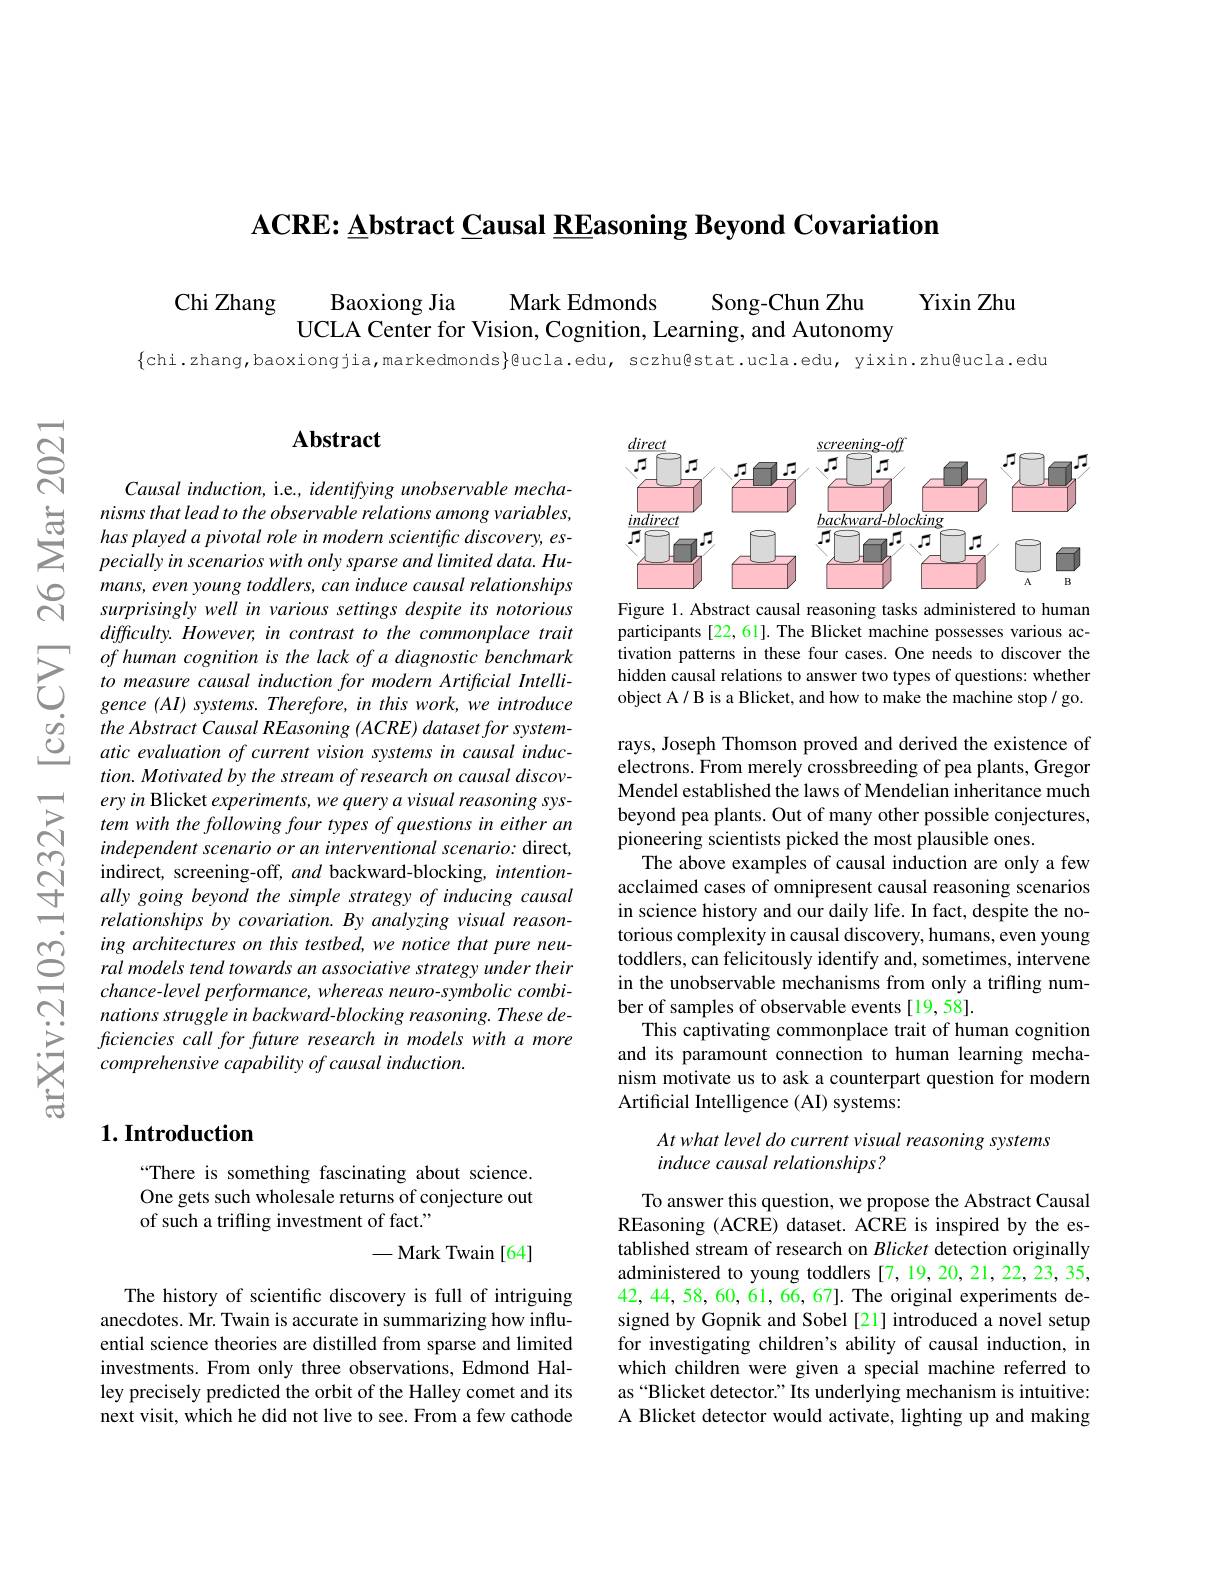
$\mathbf{ACRE: \underline {A}bstract\underline {C}ausal\underline {RE}asoning}\textbf{Beyond Covariation}$

Chi Zhang $\begin{array}{cc}{\mathrm{Baoxiong~Jia}}&{\mathrm{Mark~Edmonds}}&{\mathrm{Song-Chun~Zhu}}\\{\mathrm{UCLA~Center~for~Vision,~Cognition,~Learning,~and~Autonomy}}\end{array}$

$\{$chi.zhang,baoxiongjia,markedmonds$\}$@ucla.edu, sczhu@stat.ucla.edu, yixin.zhu@ucla.edu

## $\mathbf{Abstract}$

Causal induction, i.e., identifying unobservable mechanisms that lead to the observable relations among variables, has played a pivotal role in modern scientific discovery, especially in scenarios with only sparse and limited data. Humans, even young toddlers, can induce causal relationships surprisingly well in various settings despite its notorious difficulty. However, in contrast to the commonplace trait of human cognition is the lack of a diagnostic benchmark to measure causal induction for modern Artificial Intelligence (AI) systems. Therefore, in this work, we introduce the Abstract Causal REasoning (ACRE) dataset for systematic evaluation of current vision systems in causal induc- $tion.Motivatedby$ the stream of research on causal discovery in Blicket experiments, we query a visual reasoning system with the following four types of questions in either an independent scenario or an interventional scenario: direct, indirect, screening-off, and backward-blocking, intentionally going beyond the simple strategy of inducing causal relationships by covariation. By analyzing visual reasoning architectures on this testbed, we notice that pure neural models tend towards an associative strategy under their chance-level performance, whereas neuro-symbolic combinations struggle in backward-blocking reasoning. These deficiencies call for future research in models with a more comprehensive capability of causal induction.

### $1. \textbf{Introduction}$

“There is something fascinating about science. One gets such wholesale returns of conjecture out of such a trifling investment of fact."

-Mark Twain[64]

The history of scientific discovery is full of intriguing anecdotes. Mr. Twain is accurate in summarizing how influential science theories are distilled from sparse and limited investments. From only three observations, Edmond Halley precisely predicted the orbit of the Halley comet and its next visit, which he did not live to see. From a few cathode

<FigureHere>

Figure 1. Abstract causal reasoning tasks administered to human participants [22, 61]. The Blicket machine possesses various activation patterns in these four cases. One needs to discover the hidden causal relations to answer two types of questions: whether object A/ B is a Blicket, and how to make the machine stop/ go.

rays, Joseph Thomson proved and derived the existence of electrons. From merely crossbreeding of pea plants, Gregor Mendel established the laws of Mendelian inheritance much beyond pea plants. Out of many other possible conjectures, pioneering scientists picked the most plausible ones.
The above examples of causal induction are only a few acclaimed cases of omnipresent causal reasoning scenarios in science history and our daily life. In fact, despite the notorious complexity in causal discovery, humans, even young toddlers, can felicitously identify and, sometimes, intervene in the unobservable mechanisms from only a trifling number of samples of observable events[19,58].
This captivating commonplace trait of human cognition and its paramount connection to human learning mechanism motivate us to ask a counterpart question for modern Artificial Intelligence (AI) systems:

At what level do current visual reasoning systems
induce causal relationships?

To answer this question, we propose the Abstract Causal REasoning (ACRE) dataset. ACRE is inspired by the established stream of research on Blicket detection originally administered to young toddlers [7,19,20,21,22,23,35, 42, 44, 58, 60, 61, 66, 67]. The original experiments designed by Gopnik and Sobel [21] introduced a novel setup for investigating children's ability of causal induction, in which children were given a special machine referred to as “Blicket detector." Its underlying mechanism is intuitive: A Blicket detector would activate, lighting up and making